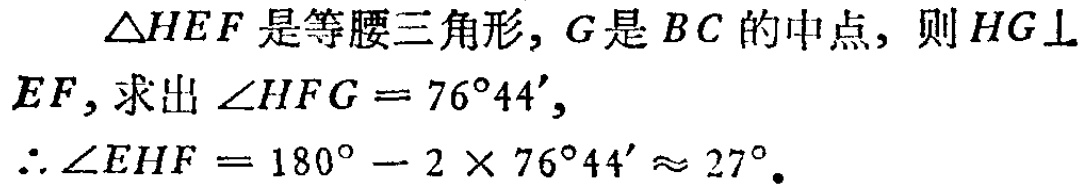
$\triangle HEF是等腰三角形，G是BC的中点，则HG\perp EF，求出\angle HFG = 76^{\circ}44'，\\
\therefore\angle EHF = 180^{\circ}-2\times76^{\circ}44'\approx27^{\circ}.$